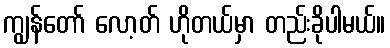
ကျွန်တော် လော့တ် ဟိုတယ်မှာ တည်းခိုပါမယ်။